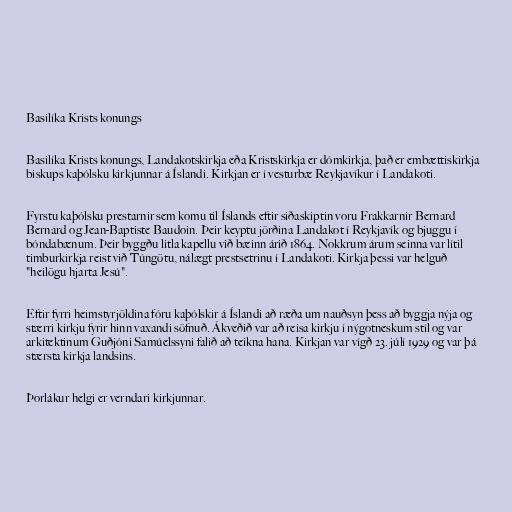
Basilíka Krists konungs

Basilíka Krists konungs, Landakotskirkja eða Kristskirkja er dómkirkja, það er embættiskirkja
biskups kaþólsku kirkjunnar á Íslandi. Kirkjan er í vesturbæ Reykjavíkur í Landakoti.

Fyrstu kaþólsku prestarnir sem komu til Íslands eftir siðaskiptin voru Frakkarnir Bernard
Bernard og Jean-Baptiste Baudoin. Þeir keyptu jörðina Landakot í Reykjavík og bjuggu í
bóndabænum. Þeir byggðu litla kapellu við bæinn árið 1864. Nokkrum árum seinna var lítil
timburkirkja reist við Túngötu, nálægt prestsetrinu í Landakoti. Kirkja þessi var helguð
"heilögu hjarta Jesú".

Eftir fyrri heimstyrjöldina fóru kaþólskir á Íslandi að ræða um nauðsyn þess að byggja nýja og
stærri kirkju fyrir hinn vaxandi söfnuð. Ákveðið var að reisa kirkju í nýgotneskum stíl og var
arkitektinum Guðjóni Samúelssyni falið að teikna hana. Kirkjan var vígð 23. júlí 1929 og var þá
stærsta kirkja landsins.

Þorlákur helgi er verndari kirkjunnar.